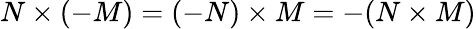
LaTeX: N\times(-M)=(-N)\times M=-(N\times M)